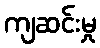
ကျဆင်းမှု